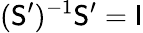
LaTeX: (\mathsf{S}^{\prime})^{-1}\mathsf{S}^{\prime}=\mathsf{I}